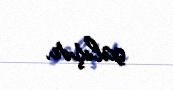
çalışır.